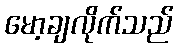
မော့ချလိုက်သည်